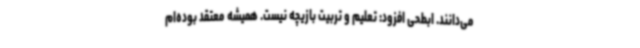
می‌دانند. ابطحی افزود: تعلیم و تربیت بازیچه نیست. همیشه معتقد بوده‌ام